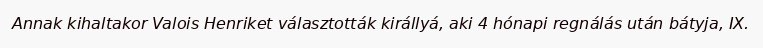
Annak kihaltakor Valois Henriket választották királlyá, aki 4 hónapi regnálás után bátyja, IX.